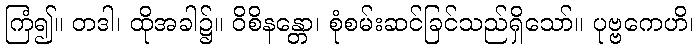
ကြံ၍။ တဒါ၊ ထိုအခါ၌။ ဝိစိနန္တော၊ စုံစမ်းဆင်ခြင်သည်ရှိသော်။ ပုဗ္ဗကေဟိ၊